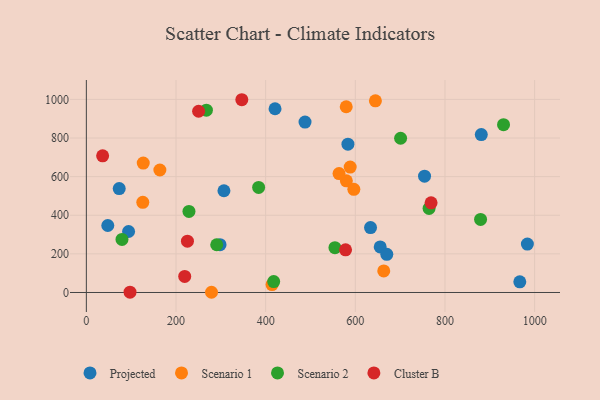
{"axis": {"x": "Speed", "y": "Fuel Efficiency"}, "legend": ["Cluster B", "Projected", "Scenario 1", "Scenario 2"], "data": [{"x": "73.3", "y": 538.3, "type": "Projected"}, {"x": "655.5", "y": 235.7, "type": "Projected"}, {"x": "966.9", "y": 55.1, "type": "Projected"}, {"x": "670.2", "y": 197.6, "type": "Projected"}, {"x": "487.8", "y": 882.4, "type": "Projected"}, {"x": "754.4", "y": 602.3, "type": "Projected"}, {"x": "94.2", "y": 315.7, "type": "Projected"}, {"x": "47.8", "y": 346.8, "type": "Projected"}, {"x": "633.9", "y": 336.3, "type": "Projected"}, {"x": "881.0", "y": 817.9, "type": "Projected"}, {"x": "420.9", "y": 951.4, "type": "Projected"}, {"x": "298.2", "y": 247.8, "type": "Projected"}, {"x": "306.9", "y": 526.8, "type": "Projected"}, {"x": "583.5", "y": 767.8, "type": "Projected"}, {"x": "983.8", "y": 250.8, "type": "Projected"}, {"x": "164.0", "y": 634.4, "type": "Scenario 1"}, {"x": "588.5", "y": 649.5, "type": "Scenario 1"}, {"x": "580.0", "y": 578.4, "type": "Scenario 1"}, {"x": "563.7", "y": 615.7, "type": "Scenario 1"}, {"x": "579.7", "y": 961.9, "type": "Scenario 1"}, {"x": "663.4", "y": 111.5, "type": "Scenario 1"}, {"x": "126.9", "y": 670.2, "type": "Scenario 1"}, {"x": "125.9", "y": 466.9, "type": "Scenario 1"}, {"x": "644.8", "y": 992.5, "type": "Scenario 1"}, {"x": "596.7", "y": 534.3, "type": "Scenario 1"}, {"x": "414.2", "y": 41.1, "type": "Scenario 1"}, {"x": "279.2", "y": 1.1, "type": "Scenario 1"}, {"x": "228.9", "y": 419.8, "type": "Scenario 2"}, {"x": "417.9", "y": 56.7, "type": "Scenario 2"}, {"x": "764.5", "y": 435.2, "type": "Scenario 2"}, {"x": "79.5", "y": 274.7, "type": "Scenario 2"}, {"x": "930.6", "y": 869.1, "type": "Scenario 2"}, {"x": "879.4", "y": 378.5, "type": "Scenario 2"}, {"x": "554.5", "y": 232.1, "type": "Scenario 2"}, {"x": "384.3", "y": 544.1, "type": "Scenario 2"}, {"x": "267.8", "y": 944.3, "type": "Scenario 2"}, {"x": "290.8", "y": 247.3, "type": "Scenario 2"}, {"x": "701.0", "y": 798.6, "type": "Scenario 2"}, {"x": "250.4", "y": 938.5, "type": "Cluster B"}, {"x": "578.2", "y": 221.1, "type": "Cluster B"}, {"x": "97.4", "y": 1.6, "type": "Cluster B"}, {"x": "769.0", "y": 464.2, "type": "Cluster B"}, {"x": "346.8", "y": 998.2, "type": "Cluster B"}, {"x": "225.5", "y": 265.8, "type": "Cluster B"}, {"x": "219.4", "y": 83.3, "type": "Cluster B"}, {"x": "36.3", "y": 707.5, "type": "Cluster B"}]}